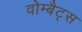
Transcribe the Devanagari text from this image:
वोम्बैट्स